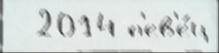
  2014 п'ев'е́ц